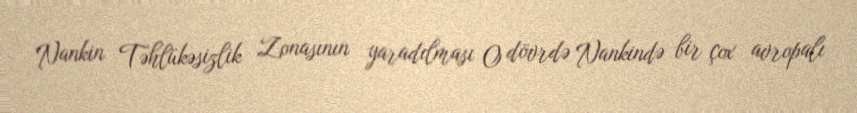
Nankin Təhlükəsizlik Zonasının yaradılması O dövrdə Nankində bir çox avropalı